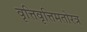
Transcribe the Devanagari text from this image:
वृत्तिवृत्तिमतोरत्र